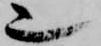
也